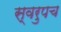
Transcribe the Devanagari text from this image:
स्वरुपच